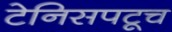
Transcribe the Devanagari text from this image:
टेनिसपटूच